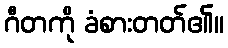
ဂီတကို ခံစားတတ်၏။